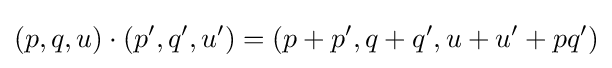
(p,q,u)\cdot \left(p',q',u'\right)=\left(p+p',q+q',u+u'+pq'\right)